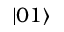
| 0 1 \rangle